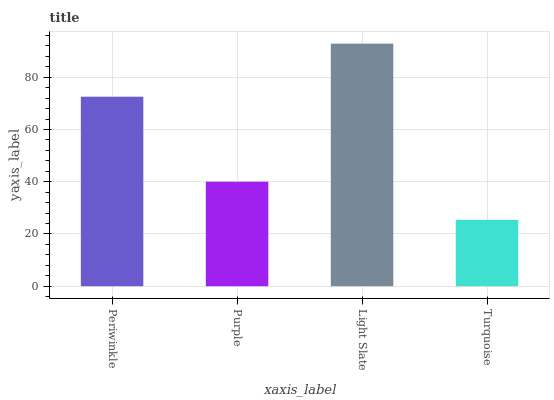
| xaxis_label | bars |
 | --- | --- |
 | Periwinkle | 72.6 |
 | Purple | 40 |
 | Light Slate | 92.9 |
 | Turquoise | 25.4 |